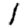
Digit: 1